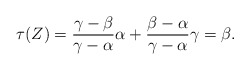
\begin{align*}\tau(Z) = \frac{\gamma - \beta}{\gamma - \alpha} \alpha + \frac{\beta - \alpha}{\gamma- \alpha} \gamma =\beta.\end{align*}